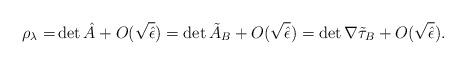
LaTeX: \begin{align*}\rho_\lambda=&\det \hat{A}+O(\sqrt{\hat{\epsilon}})=\det \tilde{A}_B + O(\sqrt{\hat{\epsilon}})=\det \nabla \tilde{\tau}_B+ O(\sqrt{\hat{\epsilon}}).\end{align*}